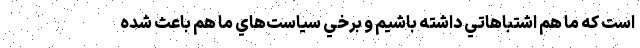
است كه ما هم اشتباهاتي داشته باشيم و برخي سياست‌هاي ما هم باعث شده